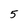
Character: 5